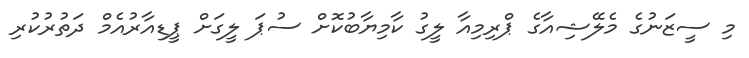
މި ސީޒަނުގެ މެލޭޝިއާގެ ޕްރިމިއާ ލީގު ކާމިޔާބުކޮށް ސުޕަ ލީގަށް ޕީޑިއާރުއެމް ދަތުރުކުރި